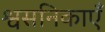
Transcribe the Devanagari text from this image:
श्वसनिकाएँ